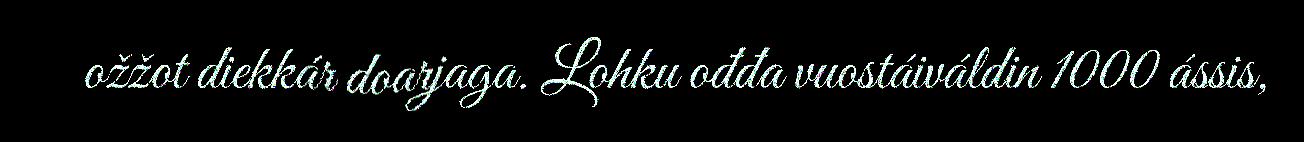
ožžot diekkár doarjaga. Lohku ođđa vuostáiváldin 1000 ássis,